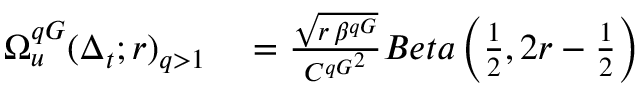
\begin{array} { r l } { \Omega _ { u } ^ { q G } ( \Delta _ { t } ; r ) _ { q > 1 } } & { { } = \frac { \sqrt { r \, \beta ^ { q G } } } { { C ^ { q G } } ^ { 2 } } B e t a \left( \frac { 1 } { 2 } , 2 r - \frac { 1 } { 2 } \right) } \end{array}